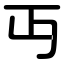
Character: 丏